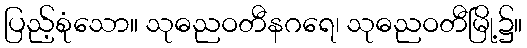
ပြည့်စုံသော။ သုဓညဝတီနဂရေ၊ သုဓညဝတီမြို့၌။